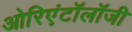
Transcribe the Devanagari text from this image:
ओरिएंटॉलॉजी